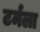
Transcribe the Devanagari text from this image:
टर्मला